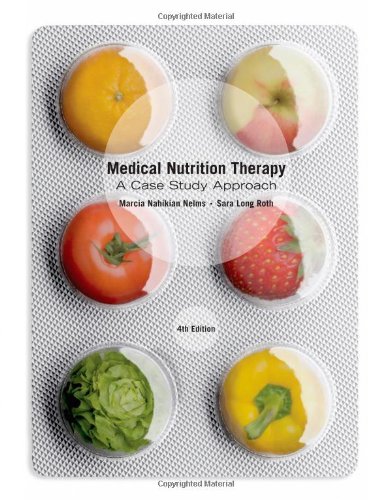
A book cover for Medical Nutrition Therapy: A Case Study Approach; Marcia Nelms; Medical Books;